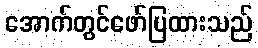
အောက်တွင်ဖော်ပြထားသည်